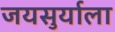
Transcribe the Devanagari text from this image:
जयसुर्याला